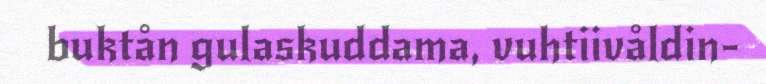
buktån gulaskuddama, vuhtiivåldin-